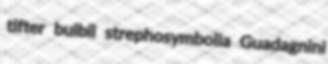
tifter bulbil strephosymbolia Guadagnini